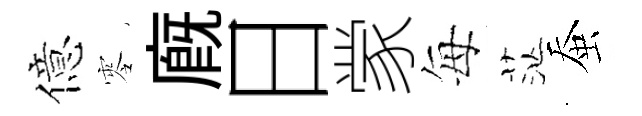
億零廐日䝉每茫蚕